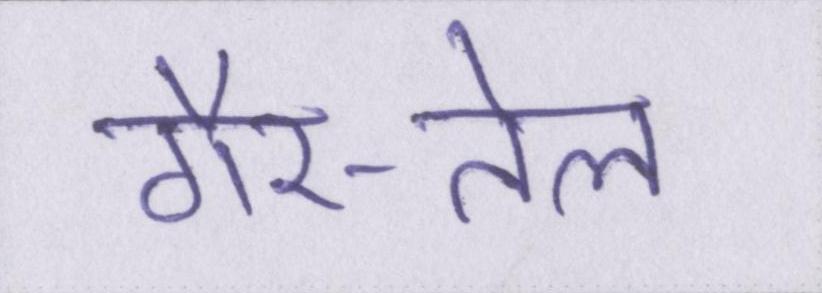
गैर-तेल